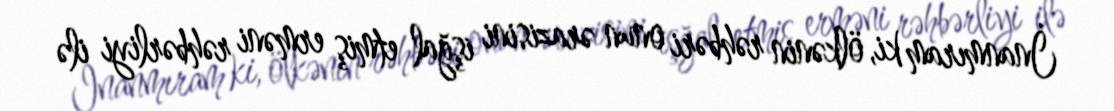
İnanmıram ki, ölkənin rəhbəri onun ərazisini işğal etmiş erməni rəhbərliyi ilə